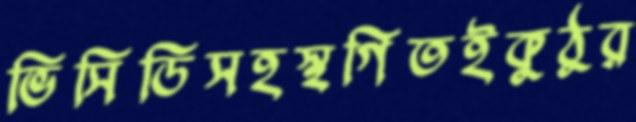
ভিসিডিসহস্থগিতইকুঠুর